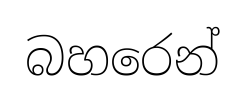
බහරෙන්